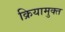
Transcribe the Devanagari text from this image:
क्रियामुक्त